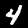
Digit: 4